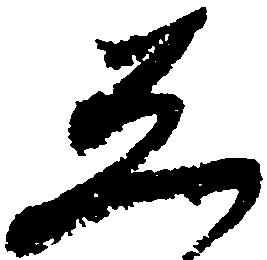
し